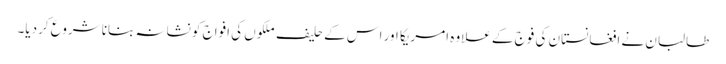
طالبان نے افغانستان کی فوج کے علاوہ امریکا اور اس کے حلیف ملکوں کی افواج کو نشانہ بنانا شروع کردیا۔